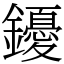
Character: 䥳